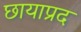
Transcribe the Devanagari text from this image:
छायाप्रद